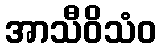
အာသီဝိသံဝ